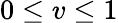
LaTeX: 0\leq v\leq 1